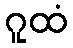
ဂူထံ